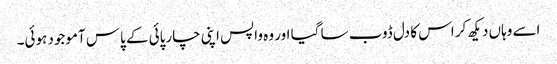
اسے وہاں دیکھ کر اس کا دل ڈوب سا گیا اور وہ واپس اپنی چارپائی کے پاس آموجود ہوئی۔